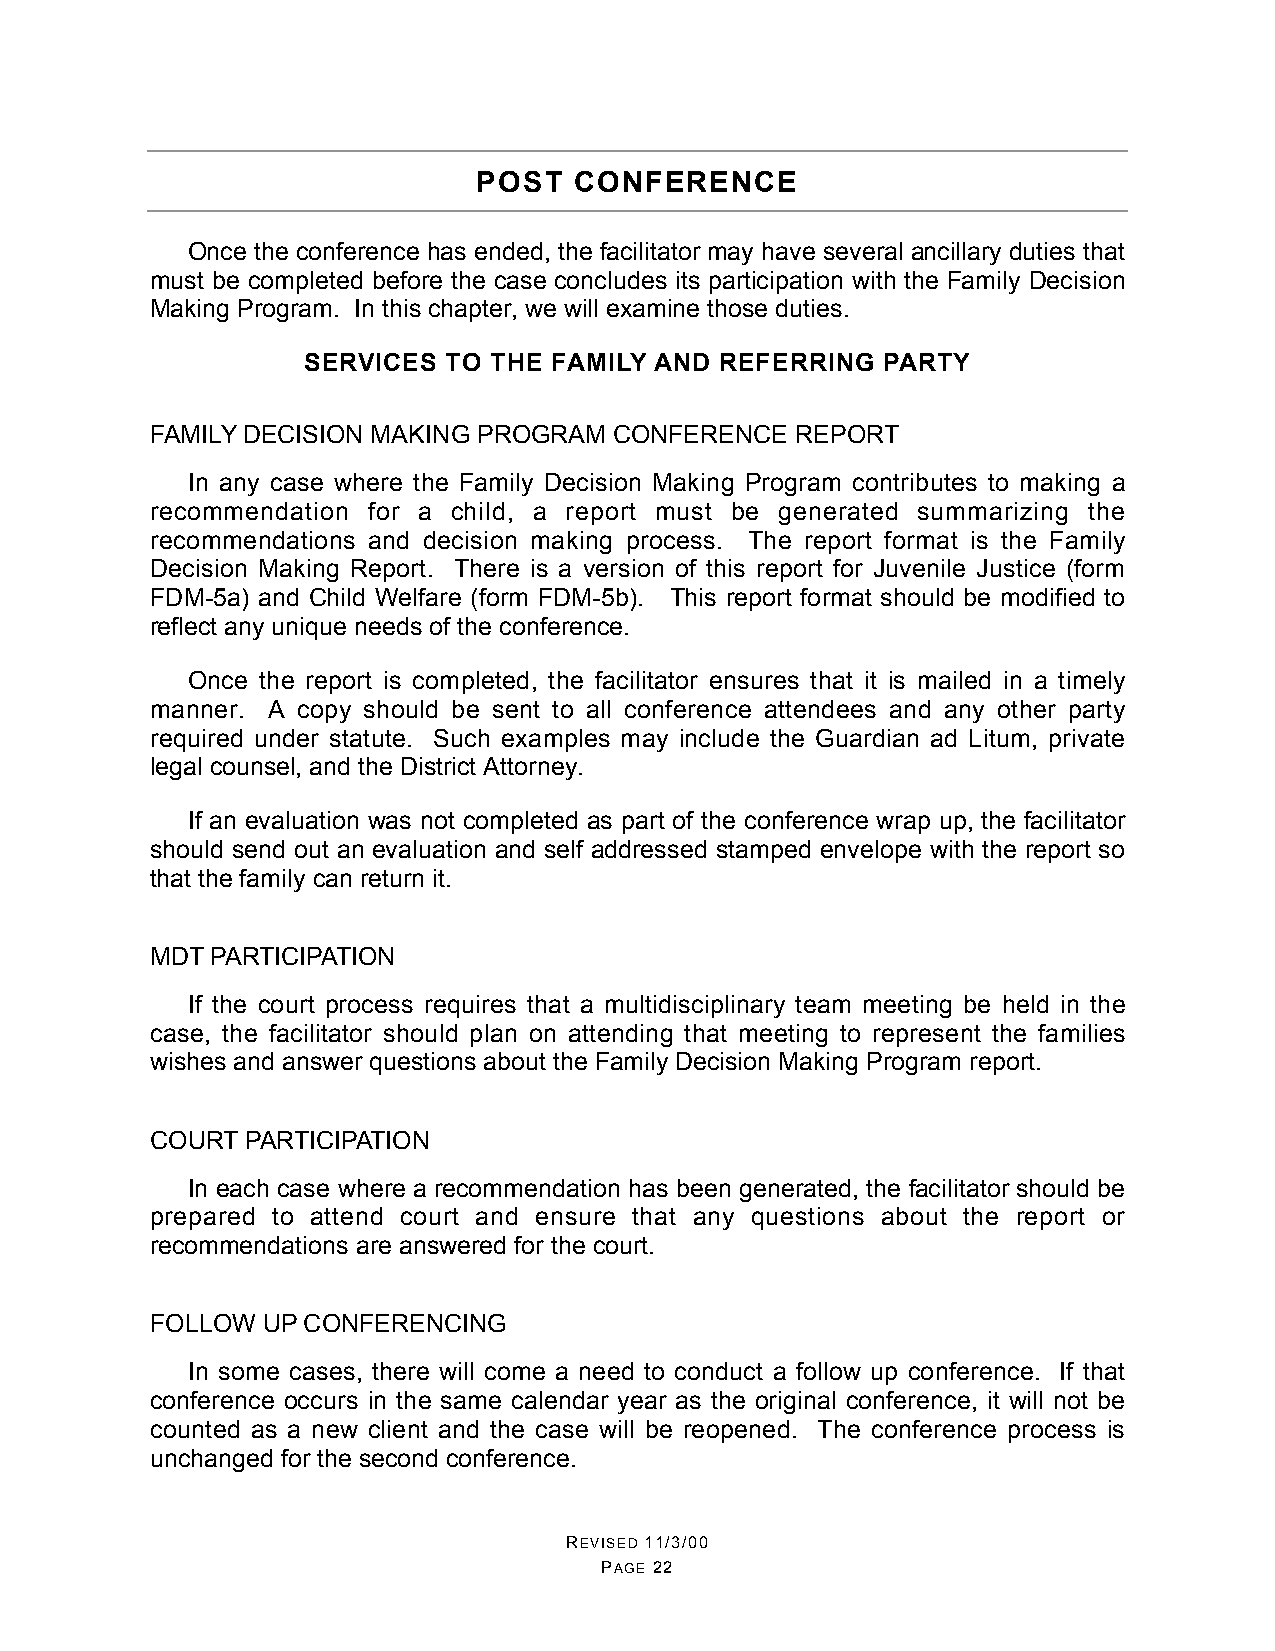
POST  CONFERENCE
 Once the conference has ended, the facilitator may have several ancillary duties that
 must be completed before the case concludes its participation with the Family Decision
 Making Program. In this chapter, we will examine those duties.
 SERVICES TO THE FAMILY AND  REFERRING PARTY
 FAMILY DECISION MAKING PROGRAM CONFERENCE  REPORT
 In any case where the Family Decision Making Program contributes to making a
 recommendation for a child, a report must be generated summarizing the
 recommendations and decision making process. The report format is the Family
 Decision Making Report. There is a version of this report for Juvenile Justice (form
 FDM-5a) and Child Welfare (form FDM-5b). This report format should be modified to
 reflect any unique needs of the conference.
 Once the report is completed, the facilitator ensures that it is mailed in a timely
 manner. A copy should be sent to all conference attendees and any other party
 required under statute. Such examples may include the Guardian ad Litum, private
 legal counsel, and the District Attorney.
 If an evaluation was not completed as part of the conference wrap up, the facilitator
 should send out an evaluation and self addressed stamped envelope with the report so
 that the family can return it.
 MDT PARTICIPATION
 If the court process requires that a multidisciplinary team meeting be held in the
 case, the facilitator should plan on attending that meeting to represent the families
 wishes and answer questions about the Family Decision Making Program report.
 COURT PARTICIPATION
 In each case where a recommendation has been generated, the facilitator should be
 prepared to attend court and ensure that any questions about the report or
 recommendations are answered for the court.
 FOLLOW UP CONFERENCING
 In some cases, there will come a need to conduct a follow up conference. If that
 conference occurs in the same calendar year as the original conference, it will not be
 counted as a new client and the case will be reopened. The conference process is
 unchanged for the second conference.
 REVISED 11/3/00
 PAGE 22